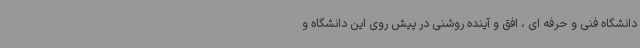
دانشگاه فنی و حرفه ای ، افق و آینده روشنی در پیش روی این دانشگاه و